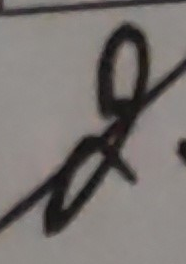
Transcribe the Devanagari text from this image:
ध